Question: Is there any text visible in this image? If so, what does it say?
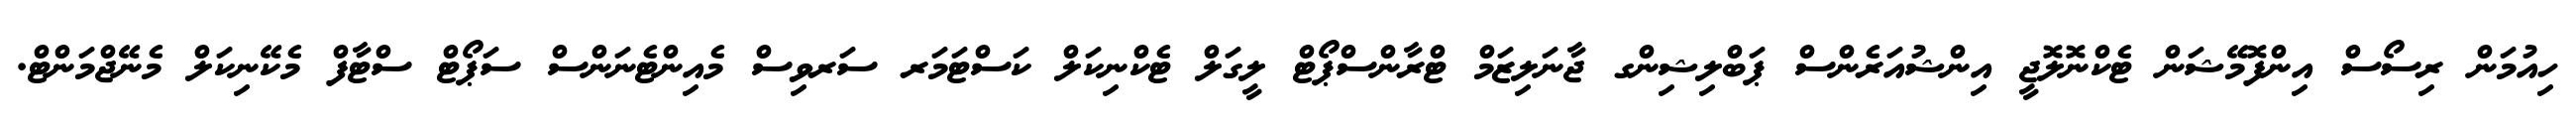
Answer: ހިއުމަން ރިސޯސް އިންފޮމޭޝަން ޓެކްނޮލޮޖީ އިންޝުއަރެންސް ޕަބްލިޝިންގ ޖާނަލިޒަމް ޓްރާންސްޕޯޓް ލީގަލް ޓެކްނިކަލް ކަސްޓަމަރ ސަރވިސް މެއިންޓެނަންސް ސަޕޯޓް ސްޓާފް މެކޭނިކަލް މެނޭޖްމަންޓް.